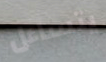
يتساءل